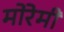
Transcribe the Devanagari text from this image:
मोरेमी